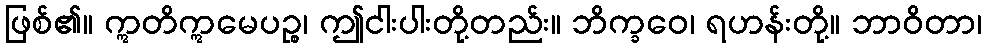
ဖြစ်၏။ ဣတိဣမေပဉ္စ၊ ဤငါးပါးတို့တည်း။ ဘိက္ခဝေ၊ ရဟန်းတို့။ ဘာဝိတာ၊